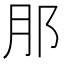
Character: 𮷩